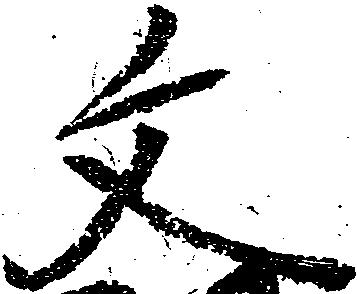
文